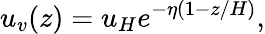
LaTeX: u_{v}(z)=u_{H}e^{-\eta(1-z/H)},